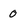
Character: 0